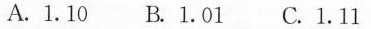
A. 1.10 B. 1.01 C. 1.11